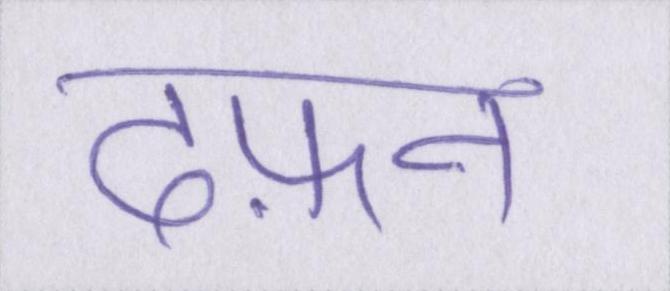
दफ़न